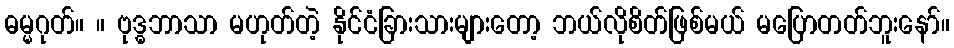
ဓမ္မဂုတ်။ ။ ဗုဒ္ဓဘာသာ မဟုတ်တဲ့ နိုင်ငံခြားသားများတော့ ဘယ်လိုစိတ်ဖြစ်မယ် မပြောတတ်ဘူးနော်။